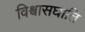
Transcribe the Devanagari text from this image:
विश्वासघाति